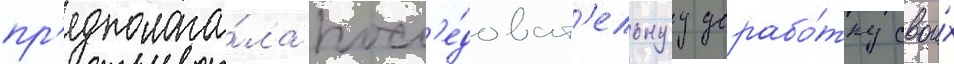
пр'едполага́ла посл'е́доват'ельнуу дорабо́тку свои́х